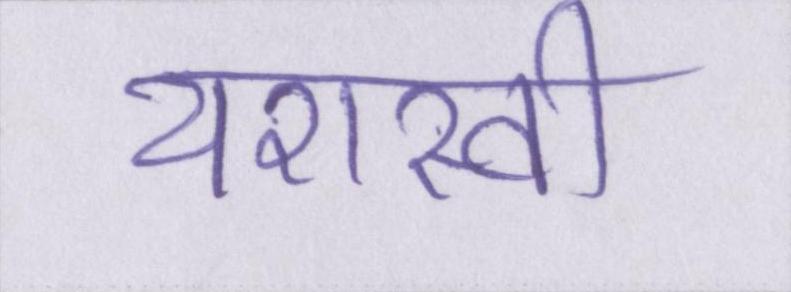
यशस्वी